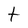
Character: t